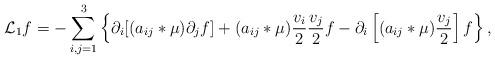
LaTeX: \begin{align*} \mathcal{L}_1f=-\sum_{i,j=1}^3\left\{\partial_i[(a_{ij}*\mu)\partial_jf]+(a_{ij}*\mu)\frac{v_i}{2}\frac{v_j}{2}f-\partial_i\left[(a_{ij}*\mu)\frac{v_j}{2}\right]f\right\},\end{align*}